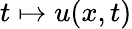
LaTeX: t\mapsto u(x,t)